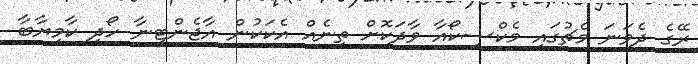
ރޭގެ ދެވަނަ މެޗުގައި މެކްސިކޯއާ ވާދަކޮށް ތިނެއް އެކަކުން އާޖެންޓީނާ ހޯދި ކާމިޔާބާ